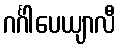
ဂင်္ဂါပေယျာလီ